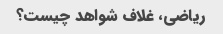
ریاضی، غلاف شواهد چیست؟